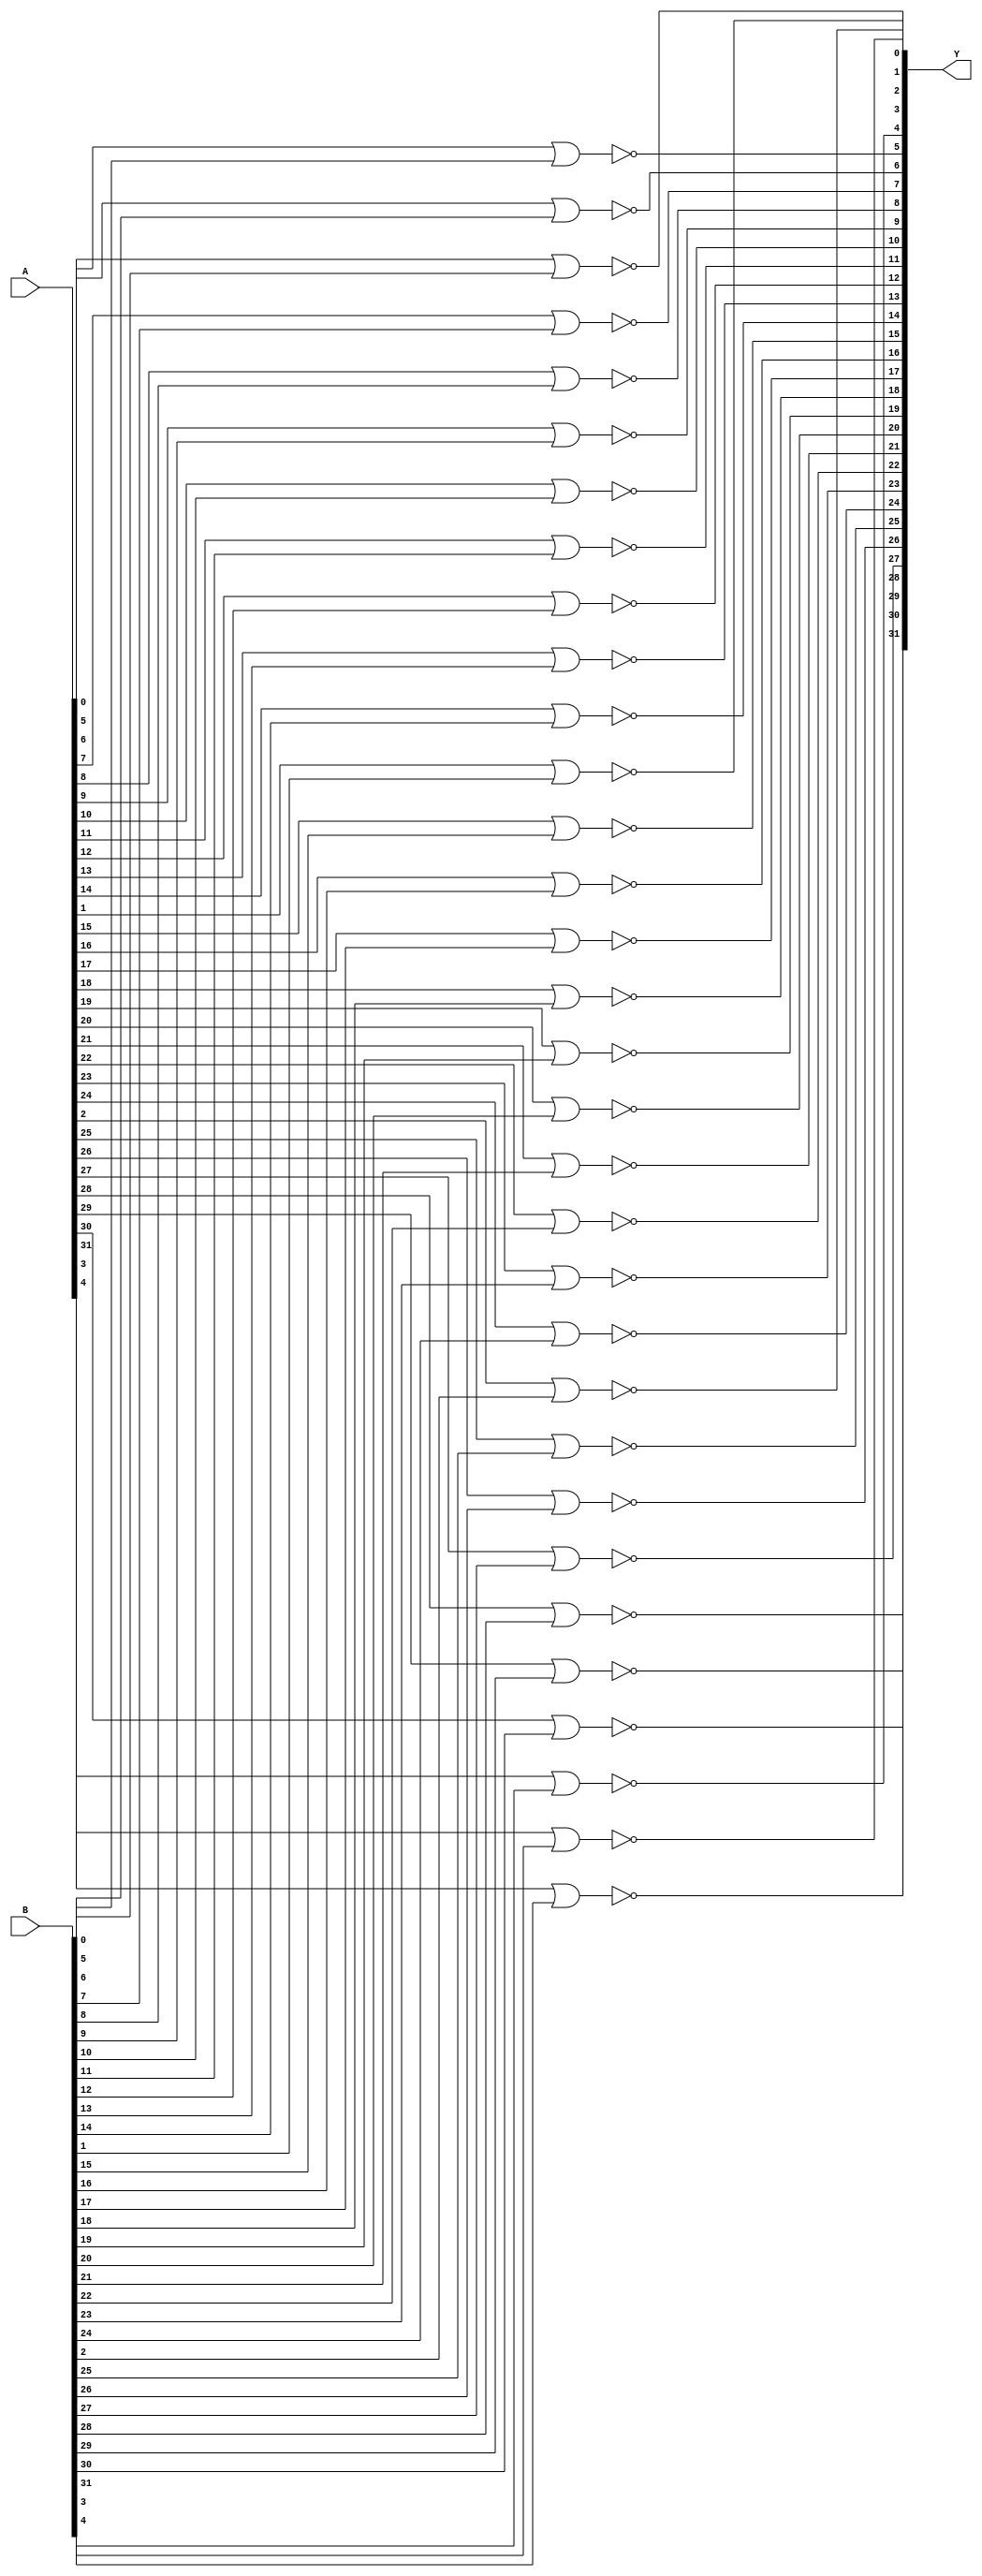
module NOR32_2x1(Y,A,B);
//output 
output [31:0] Y;
//input
input [31:0] A;
input [31:0] B;

genvar i;
generate
for
(i=0; i<32; i=i+1)
begin : nor32_gen_loop
       nor nor_inst(Y[i], A[i], B[i]);    
end
endgenerate

endmodule